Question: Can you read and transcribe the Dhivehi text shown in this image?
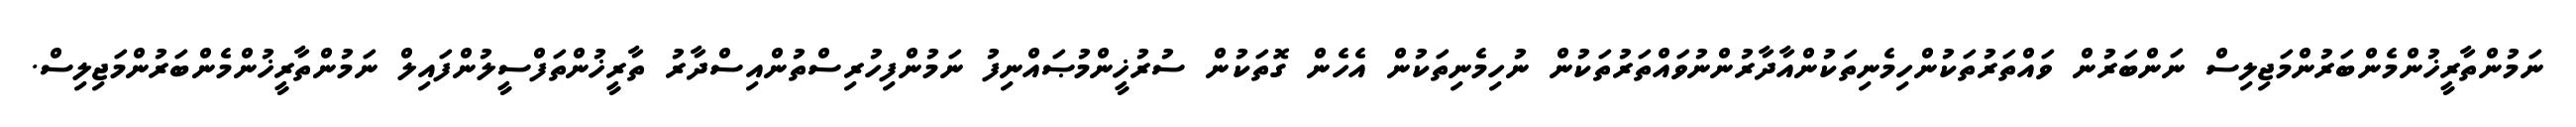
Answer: ނަމުންތާރީޚުންމެންބަރުންމަޖިލިސް ނަންބަރުން ވައްތަރުތަކުންހިމެނިތަކުންއާދާރުންނުވައްތަރުތަކުން ނުހިމެނިތަކުން އެހެން ގޮތަކުން ސުރުޚީންމުޞައްނިފު ނަމުންފިހުރިސްތުންއިސްދާރު ތާރީޚުންތަފްސީލުންފައިލް ނަމުންތާރީޚުންމެންބަރުންމަޖިލިސް.